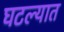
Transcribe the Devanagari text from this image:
घटल्यात